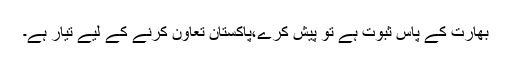
بھارت کے پاس ثبوت ہے تو پیش کرے،پاکستان تعاون کرنے کے لیے تیار ہے۔